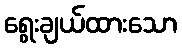
ရွေးချယ်ထားသော